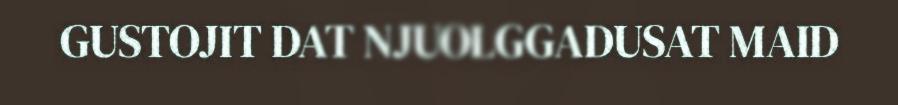
GUSTOJIT DAT NJUOLGGADUSAT MAID